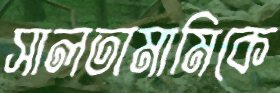
সালতামামিকে